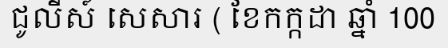
ជូលីស៍ សេសារ ( ខែកក្កដា ឆ្នាំ 100